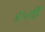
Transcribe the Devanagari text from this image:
४५वीं